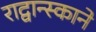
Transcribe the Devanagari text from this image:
राद्वान्स्काने